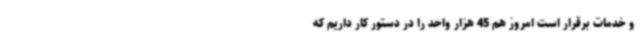
و خدمات برقرار است امروز هم 45 هزار واحد را در دستور کار داریم که